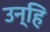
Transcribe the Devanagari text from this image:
उन्हि